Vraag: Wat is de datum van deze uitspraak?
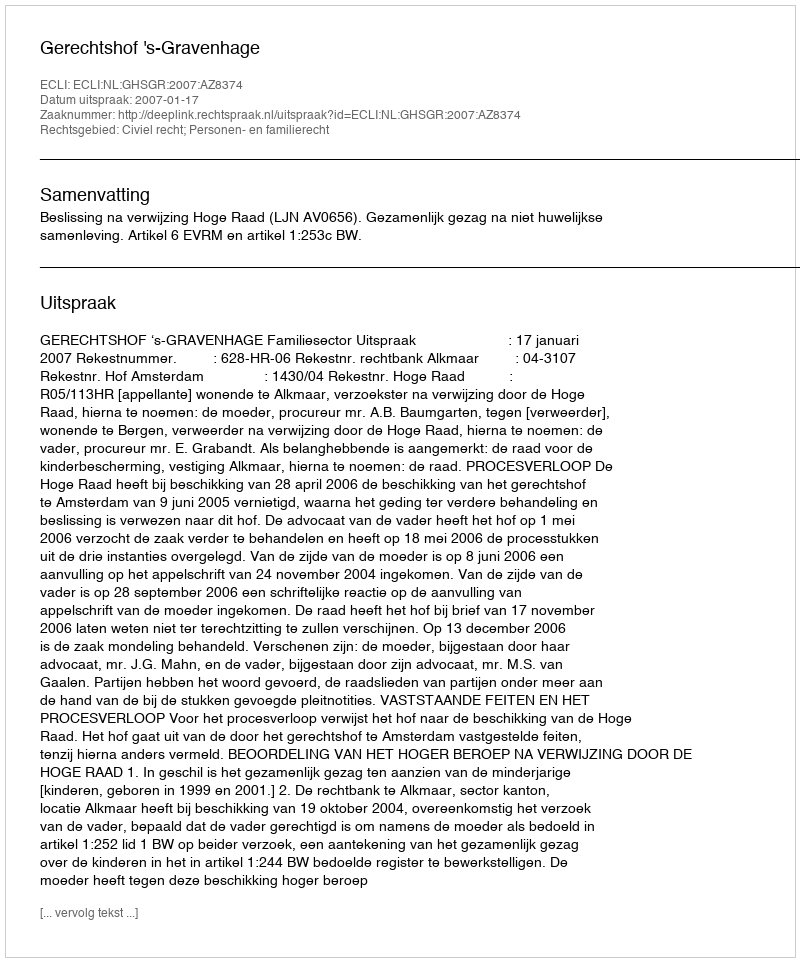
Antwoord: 2007-01-17